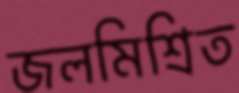
জলমিশ্রিত